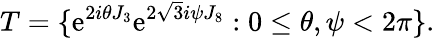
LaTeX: T=\{ \mathrm{e}^{2i\theta J_{3}}\mathrm{e}^{2\sqrt{3}i\psi J_{8}}:0\leq\theta,\psi<2\pi\} .